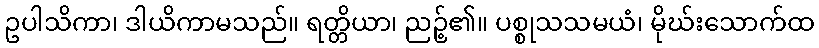
ဥပါသိကာ၊ ဒါယိကာမသည်။ ရတ္တိယာ၊ ညဉ့်၏။ ပစ္စုသသမယံ၊ မိုဃ်းသောက်ထ